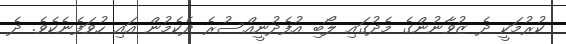
ކުރުމަކީ ދެ ޒުވާނުންގެ މެދުގައި ލޯބި އުފެދުނީއްސުރެ ދެކެމުން އައި ހުވަފެނެކެވެ. ދެ